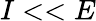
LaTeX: I<<E